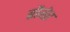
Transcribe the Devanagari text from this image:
ब्रौगेर